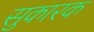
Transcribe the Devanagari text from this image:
सुकारक